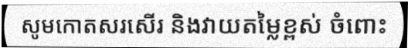
សូមកោតសរសើរ និងវាយតម្លៃខ្ពស់ ចំពោះ